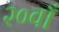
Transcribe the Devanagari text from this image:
२०वाँ